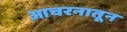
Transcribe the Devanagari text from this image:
आचरनातून